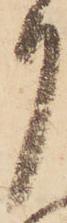
月